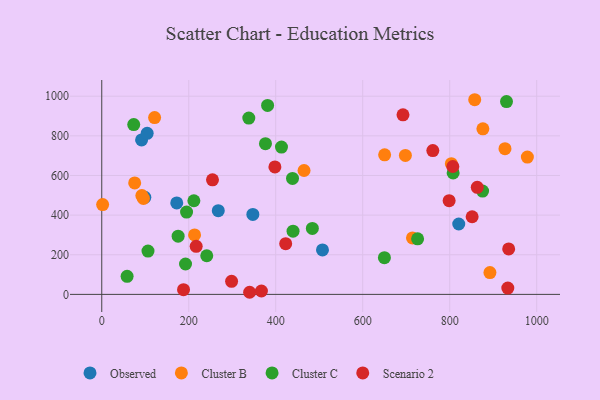
{"axis": {"x": "Ad Spend", "y": "Fuel Efficiency"}, "legend": ["Cluster B", "Cluster C", "Observed", "Scenario 2"], "data": [{"x": "91.6", "y": 779.5, "type": "Observed"}, {"x": "347.4", "y": 403.6, "type": "Observed"}, {"x": "99.0", "y": 489.9, "type": "Observed"}, {"x": "820.8", "y": 355.1, "type": "Observed"}, {"x": "507.5", "y": 224.4, "type": "Observed"}, {"x": "267.9", "y": 422.6, "type": "Observed"}, {"x": "104.4", "y": 812.9, "type": "Observed"}, {"x": "172.4", "y": 461.6, "type": "Observed"}, {"x": "698.1", "y": 701.3, "type": "Cluster B"}, {"x": "927.1", "y": 735.0, "type": "Cluster B"}, {"x": "714.4", "y": 284.6, "type": "Cluster B"}, {"x": "650.4", "y": 704.2, "type": "Cluster B"}, {"x": "803.8", "y": 659.3, "type": "Cluster B"}, {"x": "213.4", "y": 299.8, "type": "Cluster B"}, {"x": "465.1", "y": 625.0, "type": "Cluster B"}, {"x": "75.7", "y": 562.3, "type": "Cluster B"}, {"x": "857.5", "y": 982.2, "type": "Cluster B"}, {"x": "95.8", "y": 484.0, "type": "Cluster B"}, {"x": "892.5", "y": 109.9, "type": "Cluster B"}, {"x": "92.2", "y": 498.5, "type": "Cluster B"}, {"x": "978.6", "y": 692.9, "type": "Cluster B"}, {"x": "876.3", "y": 835.3, "type": "Cluster B"}, {"x": "121.5", "y": 892.0, "type": "Cluster B"}, {"x": "2.0", "y": 452.9, "type": "Cluster B"}, {"x": "58.3", "y": 91.1, "type": "Cluster C"}, {"x": "930.6", "y": 973.0, "type": "Cluster C"}, {"x": "875.6", "y": 521.4, "type": "Cluster C"}, {"x": "807.9", "y": 612.7, "type": "Cluster C"}, {"x": "73.5", "y": 857.0, "type": "Cluster C"}, {"x": "211.8", "y": 472.4, "type": "Cluster C"}, {"x": "484.2", "y": 332.9, "type": "Cluster C"}, {"x": "726.2", "y": 280.1, "type": "Cluster C"}, {"x": "195.0", "y": 415.1, "type": "Cluster C"}, {"x": "241.4", "y": 194.8, "type": "Cluster C"}, {"x": "381.3", "y": 953.3, "type": "Cluster C"}, {"x": "649.9", "y": 185.3, "type": "Cluster C"}, {"x": "192.6", "y": 153.3, "type": "Cluster C"}, {"x": "175.6", "y": 293.7, "type": "Cluster C"}, {"x": "439.8", "y": 319.0, "type": "Cluster C"}, {"x": "376.4", "y": 760.5, "type": "Cluster C"}, {"x": "438.6", "y": 585.1, "type": "Cluster C"}, {"x": "413.2", "y": 743.4, "type": "Cluster C"}, {"x": "338.1", "y": 889.7, "type": "Cluster C"}, {"x": "106.3", "y": 218.5, "type": "Cluster C"}, {"x": "692.6", "y": 906.2, "type": "Scenario 2"}, {"x": "217.1", "y": 242.6, "type": "Scenario 2"}, {"x": "188.0", "y": 23.8, "type": "Scenario 2"}, {"x": "340.0", "y": 10.6, "type": "Scenario 2"}, {"x": "807.2", "y": 645.2, "type": "Scenario 2"}, {"x": "935.6", "y": 229.1, "type": "Scenario 2"}, {"x": "398.1", "y": 643.2, "type": "Scenario 2"}, {"x": "254.6", "y": 578.2, "type": "Scenario 2"}, {"x": "298.5", "y": 65.8, "type": "Scenario 2"}, {"x": "863.4", "y": 540.4, "type": "Scenario 2"}, {"x": "851.6", "y": 391.6, "type": "Scenario 2"}, {"x": "933.6", "y": 32.0, "type": "Scenario 2"}, {"x": "761.2", "y": 725.7, "type": "Scenario 2"}, {"x": "422.9", "y": 255.7, "type": "Scenario 2"}, {"x": "798.7", "y": 472.6, "type": "Scenario 2"}, {"x": "367.1", "y": 17.1, "type": "Scenario 2"}]}